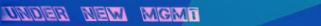
Under New Mgmt